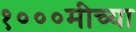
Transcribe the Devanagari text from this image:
१०००मीच्या